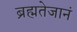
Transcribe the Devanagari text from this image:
ब्रह्मतेजानं